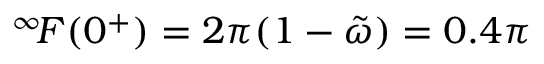
^ { \infty } \! F ( 0 ^ { + } ) = 2 \pi ( 1 - \tilde { \omega } ) = 0 . 4 \pi